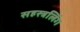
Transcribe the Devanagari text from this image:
सहस्त्रलिंग